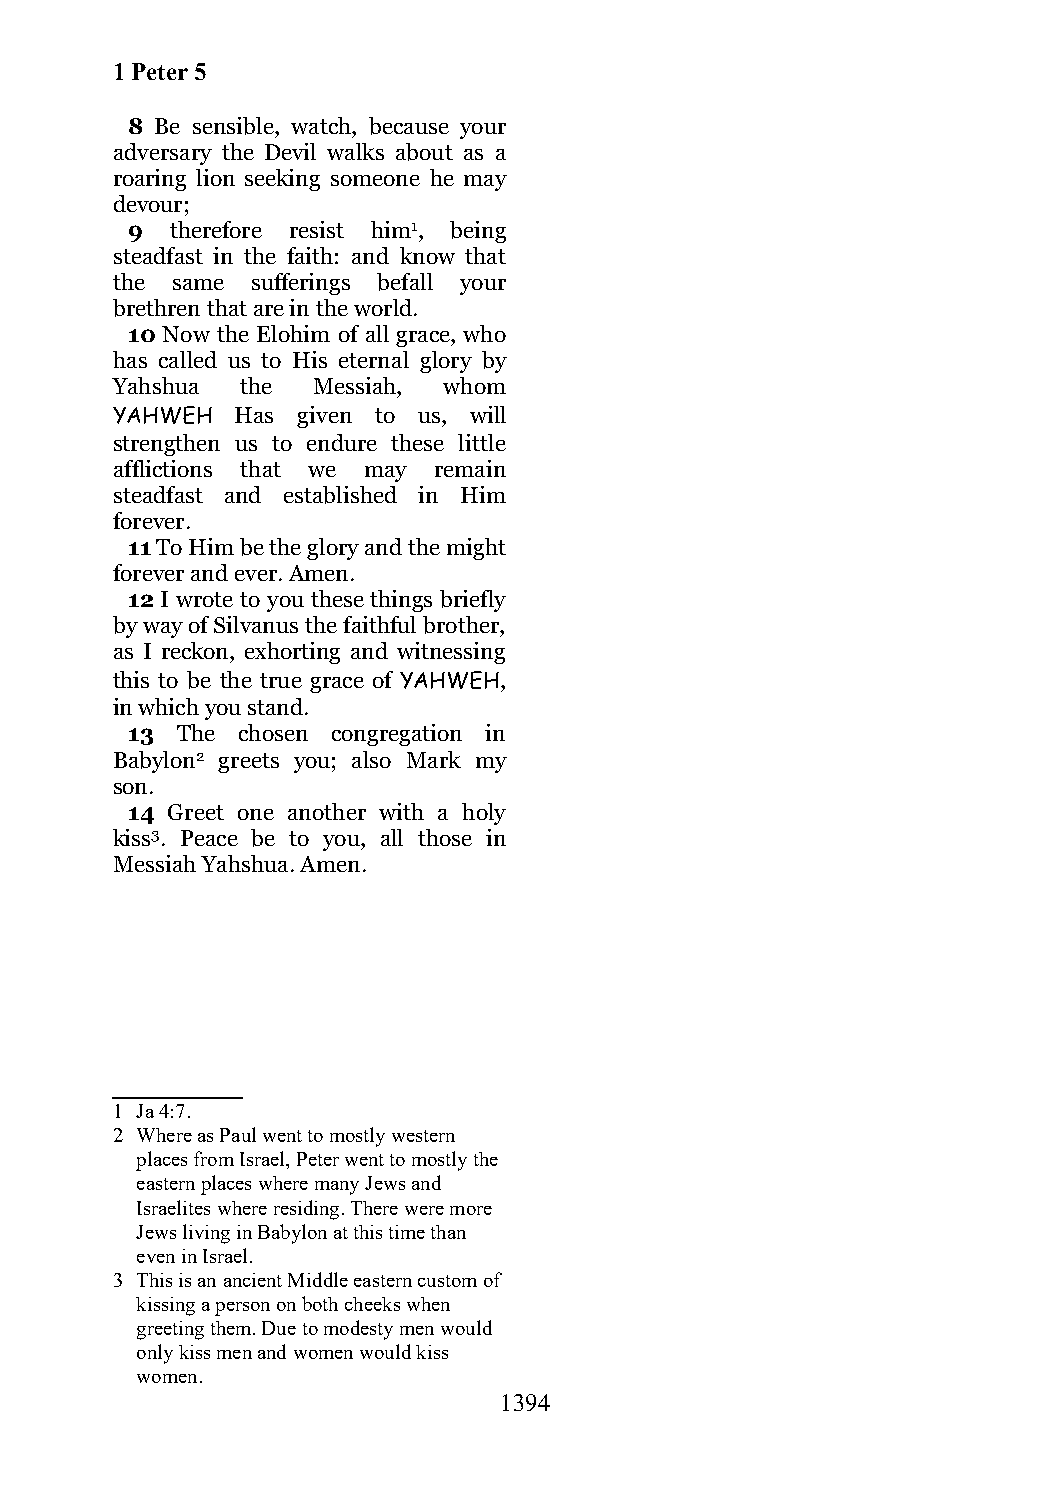
1 Peter 5
 8 Be sensible, watch, because your
 adversary the Devil walks about as a
 roaring lion seeking someone he may
 devour;
 9  therefore resist him1, being
 steadfast in the faith: and know that
 the same  sufferings befall your
 brethren that are in the world.
 10 Now the Elohim of all grace, who
 has called us to His eternal glory by
 Yahshua  the  Messiah, whom
 YAHWEH   Has given to us, will
 strengthen us to endure these little
 afflictions that we may remain
 steadfast and established in Him
 forever.
 11 To Him be the glory and the might
 forever and ever. Amen.
 12 I wrote to you these things briefly
 by way of Silvanus the faithful brother,
 as I reckon, exhorting and witnessing
 this to be the true grace of YAHWEH,
 in which you stand.
 13  The chosen congregation in
 Babylon2 greets you; also Mark my
 son.
 14 Greet one another with a holy
 kiss3. Peace be to you, all those in
 Messiah Yahshua. Amen.
 1 Ja 4:7.
 2 Where as Paul went to mostly western
 places from Israel, Peter went to mostly the
 eastern places where many Jews and
 Israelites where residing. There were more
 Jews living in Babylon at this time than
 even in Israel.
 3 This is an ancient Middle eastern custom of
 kissing a person on both cheeks when
 greeting them. Due to modesty men would
 only kiss men and women would kiss
 women.
 1394